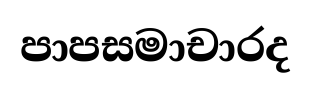
පාපසමාචාරද